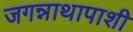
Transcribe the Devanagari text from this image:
जगन्नाथापाशी